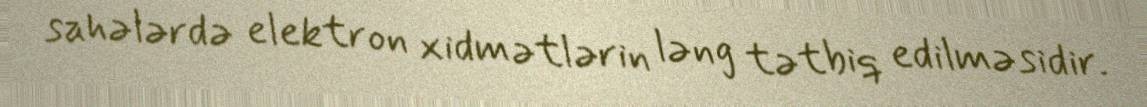
sahələrdə elektron xidmətlərin ləng tətbiq edilməsidir.